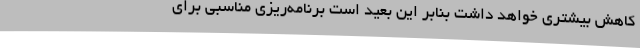
کاهش بیشتری خواهد داشت بنابر این بعید است برنامه‌ریزی مناسبی برای